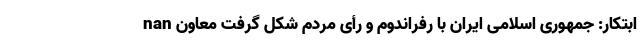
nan ابتکار: جمهوری اسلامی ایران با رفراندوم و رأی مردم شکل گرفت معاون